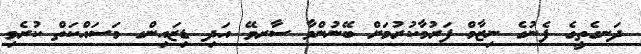
ދަނގެތީގެ ފެނުގެ ނިޒާމް ފަރުމާކުރުމަށް ބޭނުންވާ ސާރވޭ އަދި ޑިޒައިންގ މަސައްކަތް ކުރެވި